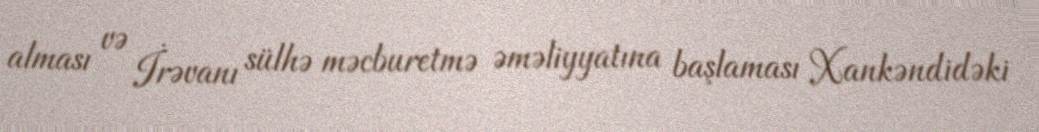
alması və İrəvanı sülhə məcburetmə əməliyyatına başlaması Xankəndidəki